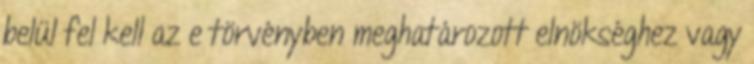
belül fel kell az e törvényben meghatározott elnökséghez vagy